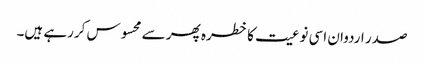
صدر اردوان اسی نوعیت کا خطرہ پھر سے محسوس کررہے ہیں۔